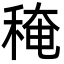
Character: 䅖